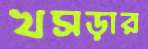
খসড়ার